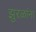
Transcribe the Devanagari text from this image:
झुरळांना